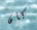
كان